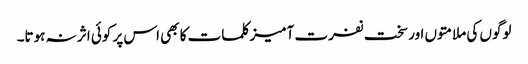
لوگوں کی ملامتوں اور سخت نفرت آمیز کلمات کا بھی اس پر کوئی اثر نہ ہوتا۔